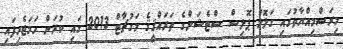
މިރަސްމިއްޔާތުގައި ގަލޮޅު ޕޮލިސް ސްޓެޝަންގެ ތަރައްޤީޤެ މަގުޗާޓް 2013 ގައި ކުރަން ހަމަޖެހިފައި